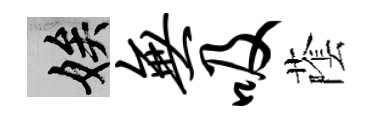
娭无吸䕃